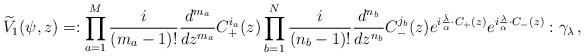
LaTeX: \begin{align*}\widetilde V_1(\psi,z)=:\prod_{a=1}^M{i\over{(m_a-1)!}}{d^{m_a}\over{dz^{m_a}}}C_+^{i_a}(z)\prod_{b=1}^N{i\over{(n_b-1)!}}{d^{n_b}\over{dz^{n_b}}}C_-^{j_b}(z)e^{i{\bar\lambda\over\alpha}\cdot C_+(z)}e^{i{\lambda\over\alpha}\cdot C_-(z)}:\gamma_\lambda\,,\end{align*}